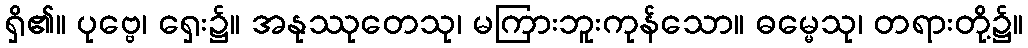
ရှိ၏။ ပုဗ္ဗေ၊ ရှေး၌။ အနုဿုတေသု၊ မကြားဘူးကုန်သော။ ဓမ္မေသု၊ တရားတို့၌။